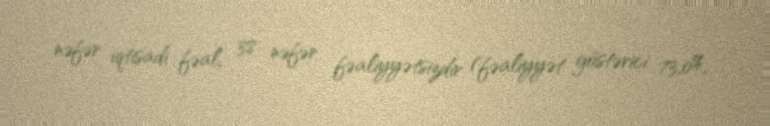
nəfər iqtisadi fəal, 38 nəfər fəaliyyətsizdir (fəaliyyət göstərici 73,0%,